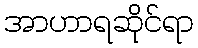
အာဟာရဆိုင်ရာ